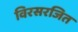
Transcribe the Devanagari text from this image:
विरसरजित